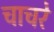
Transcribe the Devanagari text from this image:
चाचरे